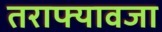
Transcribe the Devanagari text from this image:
तराफ्यावजा